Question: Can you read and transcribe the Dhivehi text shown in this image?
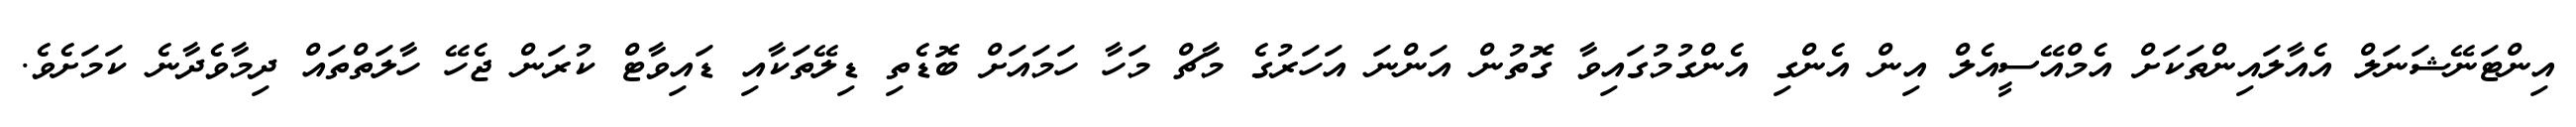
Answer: އިންޓަނޭޝަނަލް އެއާލައިންތަކަށް އެމްއޭސީއެލް އިން އެންގި އެންގުމުގައިވާ ގޮތުން އަންނަ އަހަރުގެ މާޗް މަހާ ހަމައަށް ބޮޑެތި ޑިލޭތަކާއި ޑައިވާޓް ކުރަން ޖެހޭ ހާލަތްތައް ދިމާވެދާނެ ކަމަށެވެ.